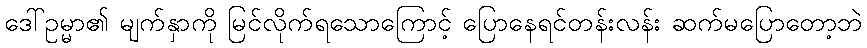
ဒေါ်ဥမ္မာ၏ မျက်နှာကို မြင်လိုက်ရသောကြောင့် ပြောနေရင်တန်းလန်း ဆက်မပြောတော့ဘဲ